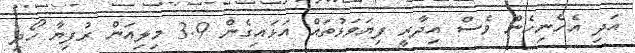
އަދި އެހެނިހެން ވެސް އިދާރީ ފިޔަވަޅުތައް އަޅައިގެން 3.9 މިލިއަން ރުފިޔާ ހޯދި